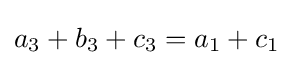
a_{3}+b_{3}+c_{3}=a_{1}+c_{1}